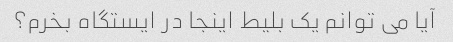
آیا می توانم یک بلیط اینجا در ایستگاه بخرم؟